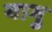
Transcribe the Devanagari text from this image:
यागु